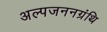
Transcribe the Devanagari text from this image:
अल्पजननग्रंथि